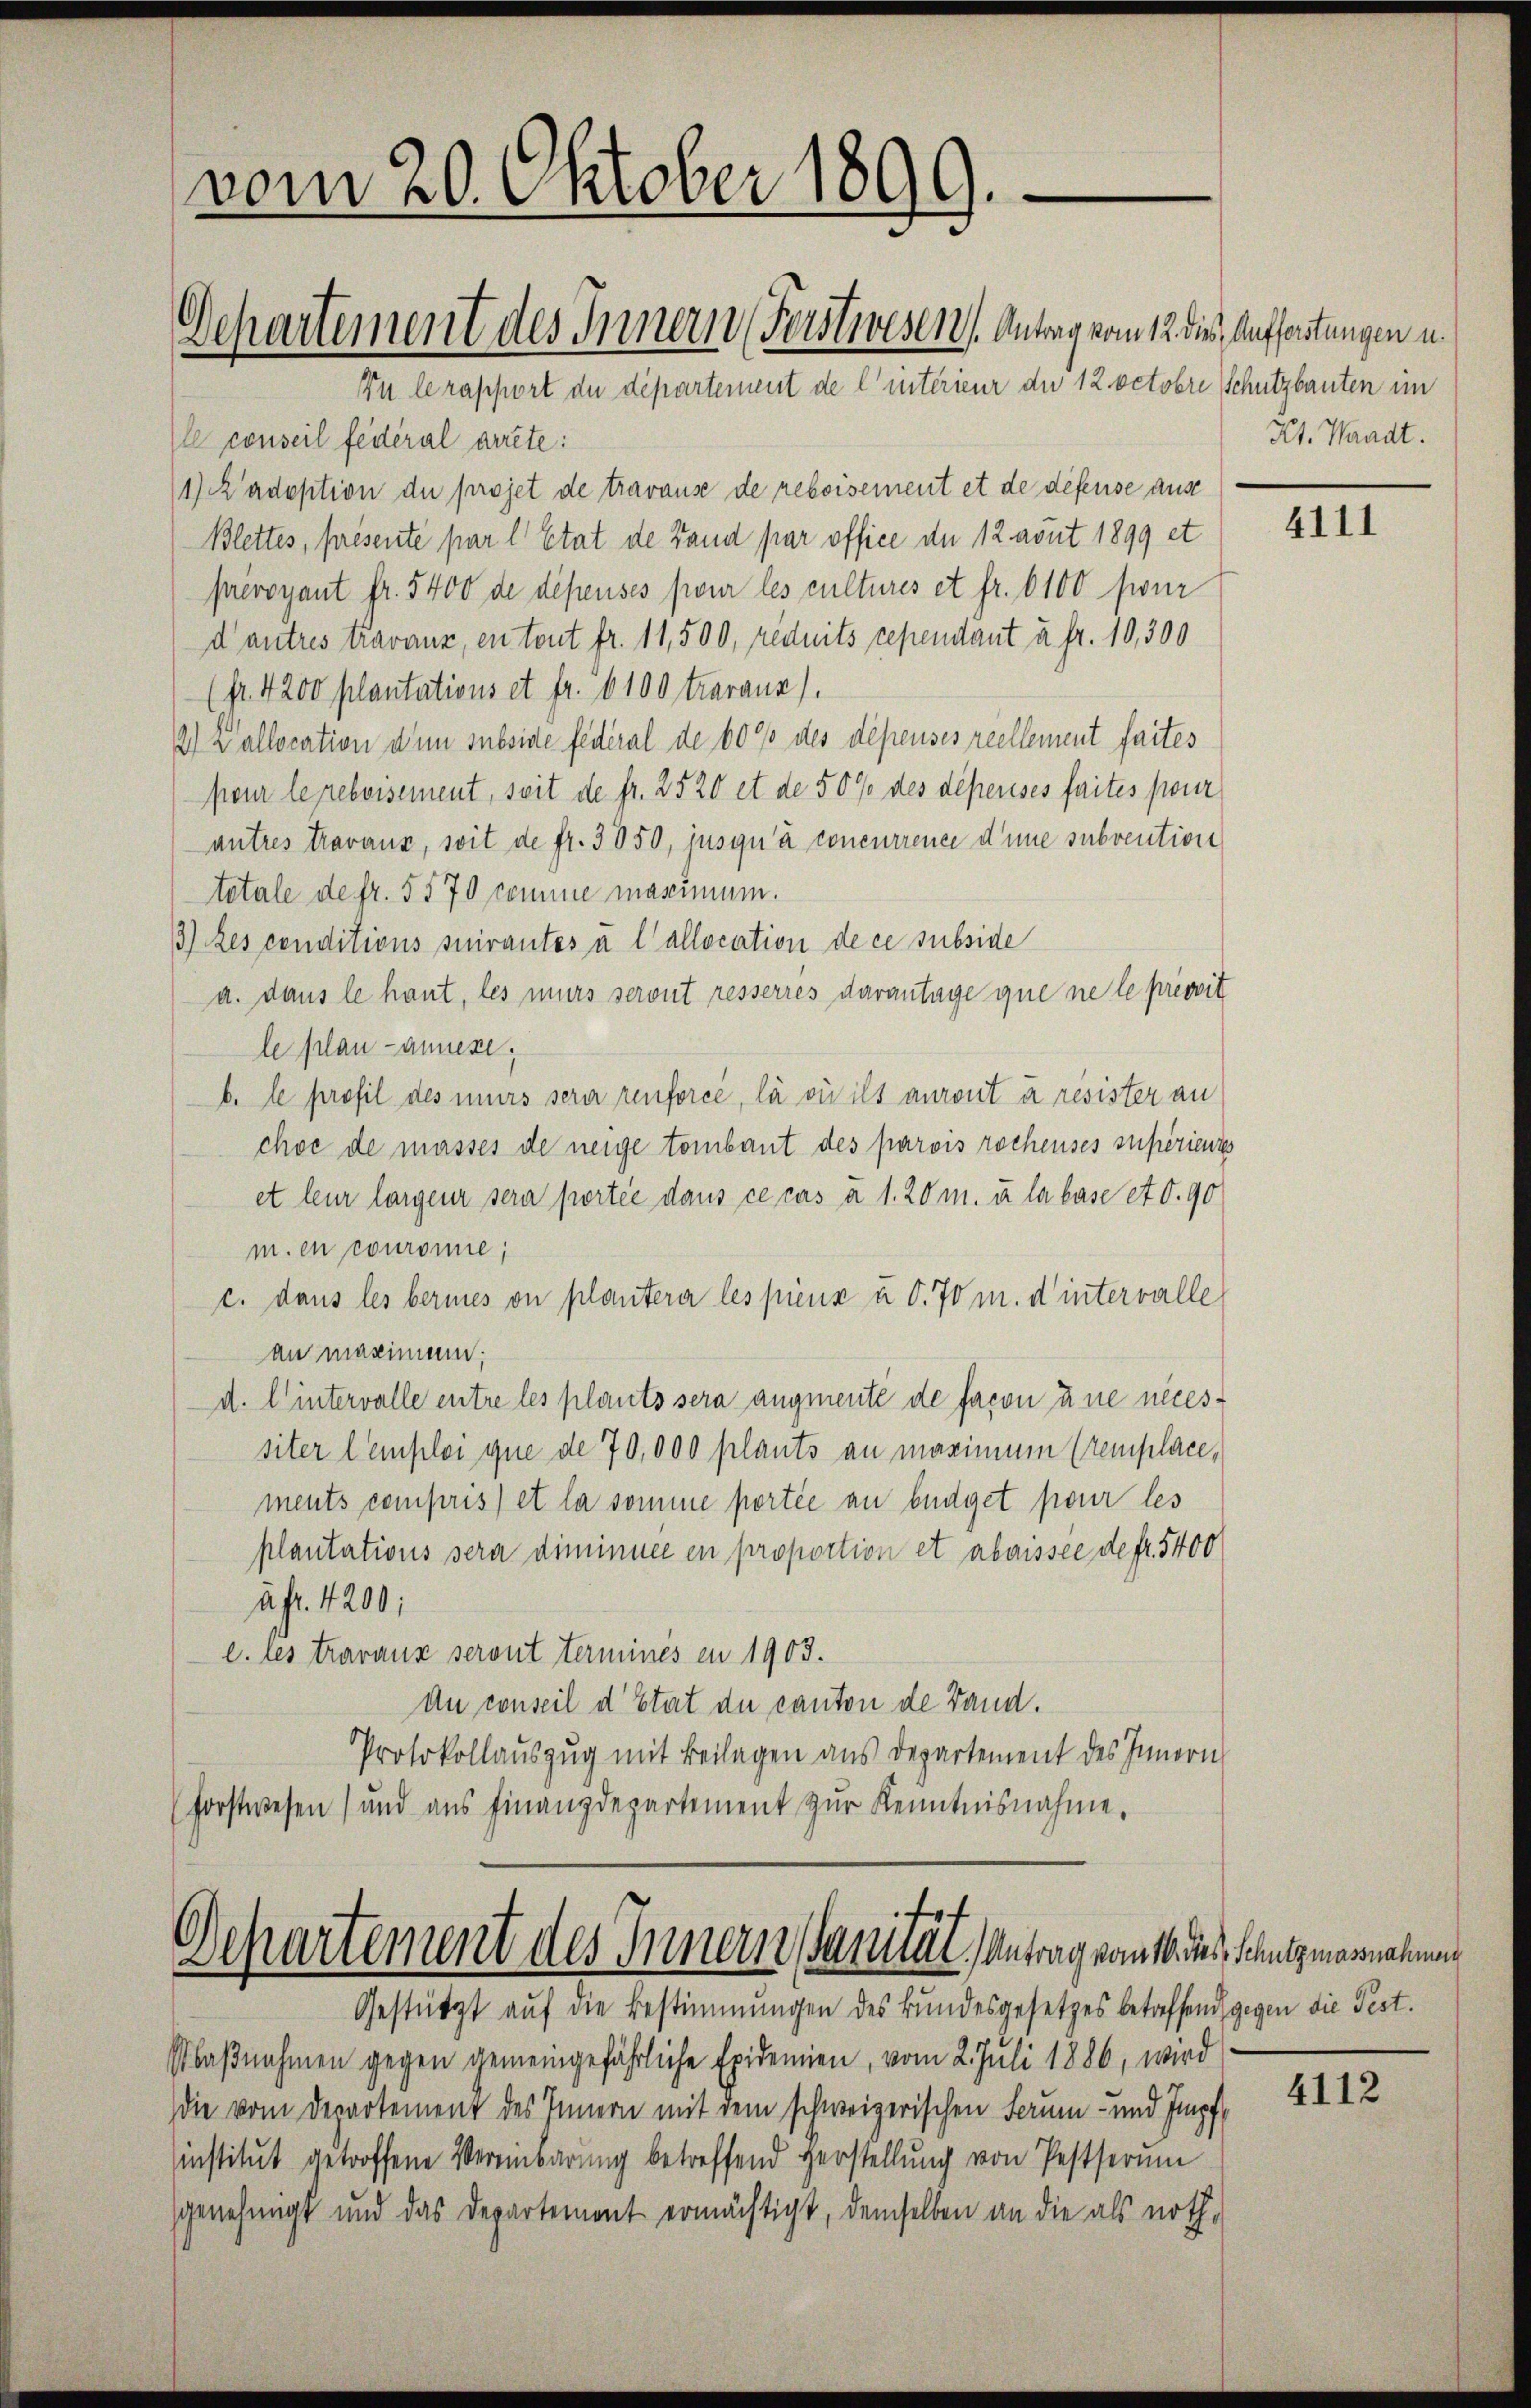
vom 20. Oktober 1899.

Zu le rapport du département de l’interieur die 12 Octobre Schutzbauten im

Ie conseil fédéral arrete:
1) Kadoption du projet de travause de reboisement et de défense aus
Blettes, présente par l. Etat de Fand par office de 12 avut 1899 et
prévoyant fr. 5400 de dépenses pour les cultures et fr. 6100 four
d autres travaux, en tout fr. 11,500, réduits cependant à Fr. 10,300
(S. 4200 plantations et fr. 100 traraus).
2) allocation dem subside fédéral de 60% des depenses reellement faites
pour le prebvisement, seit de fr. 2520 et de 50% des dépenses faites pour
antres travaux, soit de fr. 3050, jusqu’à concurrence d’une subvention
tetale de fr. 5570 comme massimum.
3) des conditions suirantes à l’allocation de ce subside
a. dans le hant, les murs seront resserres darantage que ne le provit
le plan annese,
b. le profil des murs sera renforce, la virils auront à resister an
choc de masses de neige tombant des parois rochenses supérieures
et leur largen sera portée dans ce cas à 1. 20 m. u. la base et 0.90
m. en couromie,
c. dans les beries on planterer les pienz u S. 70 m. d’intervalle
an maginien;
d. l. intervalle entre les plants sera angenente de facon ane neces-
siter l’emploi que de 70,000 plants an maximum Cremplace,
ments compris) et la somme portée an büdget pour les
plantations sera diminuee en proportion et abaissée de fr. 5400
à Fr. 4200:
c. les travaux seront terminés en 1903.
du conseil d’Etat de canton de Band.
Protokollauszug mit Beilagen aus Departement des Innern
forstwesen und aŭs Finanzdepartement zŭr Kenntnisnahme.

Departement des Innern (Forstwesen. Antrag vom 12. die Aufforstungen u.

Dechartement des Innern Sanität, antrag kant des Schutzmannahmen
Gestützt auf die Bestimmungen des Bundesgesetzes betreffend gegen die Fest.

Maβnahmen gegen gemeingefährliche Epidemien, vom 2. Juli 1886, wird
die vom Departement des Innern mit dem schweizerischen Ferum- und Impfinstitut getroffene Vereinbarung betreffend Herstellung von Pestherum
genehmigt und das Departement ermächtigt, demselben an die als noth-

Kt. Waadt.

4111

4112